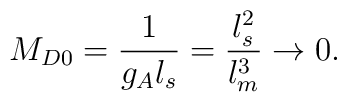
M_{D0}={1\over g_A l_s}={l_s^2\over l_m^3}\rightarrow 0.